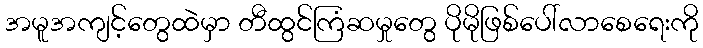
အမူအကျင့်တွေထဲမှာ တီထွင်ကြံဆမှုတွေ ပိုမိုဖြစ်ပေါ်လာစေရေးကို